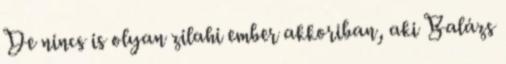
De nincs is olyan zilahi ember akkoriban, aki Balázs